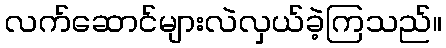
လက်ဆောင်များလဲလှယ်ခဲ့ကြသည်။